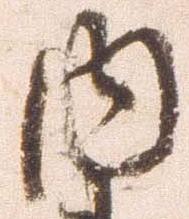
内